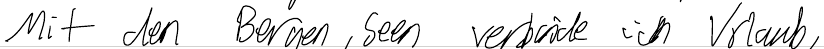
Mit den Bergen, Seen verbinde ich Urlaub,